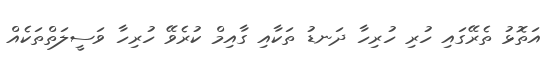
އަތޮޅު ތެރޭގައި ހުރި ހުރިހާ ދަނޑު ތަކާއި ގާއިމް ކުރެވޭ ހުރިހާ ވަސީލަތްތަކެއް